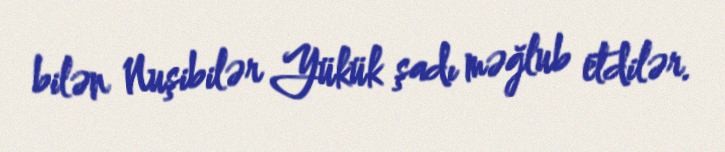
bilən Nuşibilər Yükük şadı məğlub etdilər.